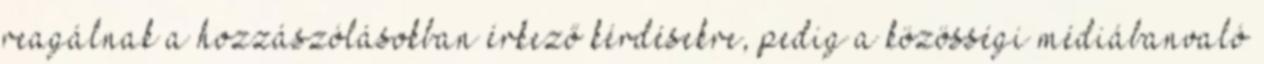
reagálnak a hozzászólásokban érkező kérdésekre, pedig a közösségi médiábanvaló